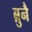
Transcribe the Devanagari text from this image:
ब्रुनै